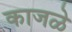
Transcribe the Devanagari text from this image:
काजळे